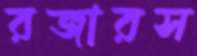
রজারস